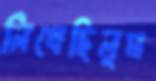
লিখেছিলুম